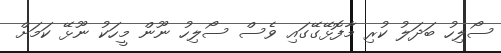
ސޯލިހު ބަދަލު ކުރި މާފޮޅޭގޭގައި ވެސް ސޯލިހު ނޫން މީހަކު ނޫޅޭ ކަމަށް